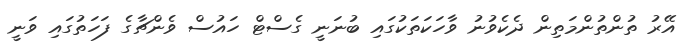
އޭރު ތުންތުންމަތިން ދެކެވުނު ވާހަކަތަކުގައި ބުނަނީ ގެސްޓް ހައުސް ވެންޗާގެ ފަހަތުގައި ވަނީ